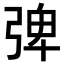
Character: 𭚽